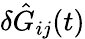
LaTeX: \delta\hat{G}_{ij}(t)